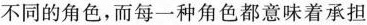
不同的角色，而每一种角色都意味着承担